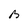
Character: B